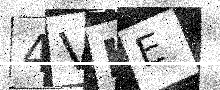
Text: 4VHE